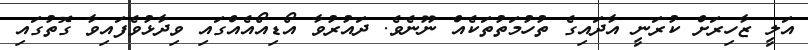
އަލީ ޒާހިރަށް ކުރަނީ އާދައިގެ ތުހުމަތުތަކެއް ނޫނެވެ. ދައުރުވާ އޯޑިއޯއެއްގައި ވިދާޅުވެފައިވާ ގޮތުގައި